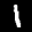
Label: 1